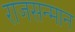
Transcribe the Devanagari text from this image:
राजसन्मान